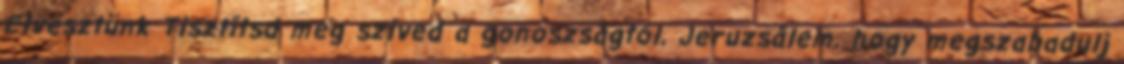
Elvesztünk Tisztítsd meg szíved a gonoszságtól, Jeruzsálem, hogy megszabadulj